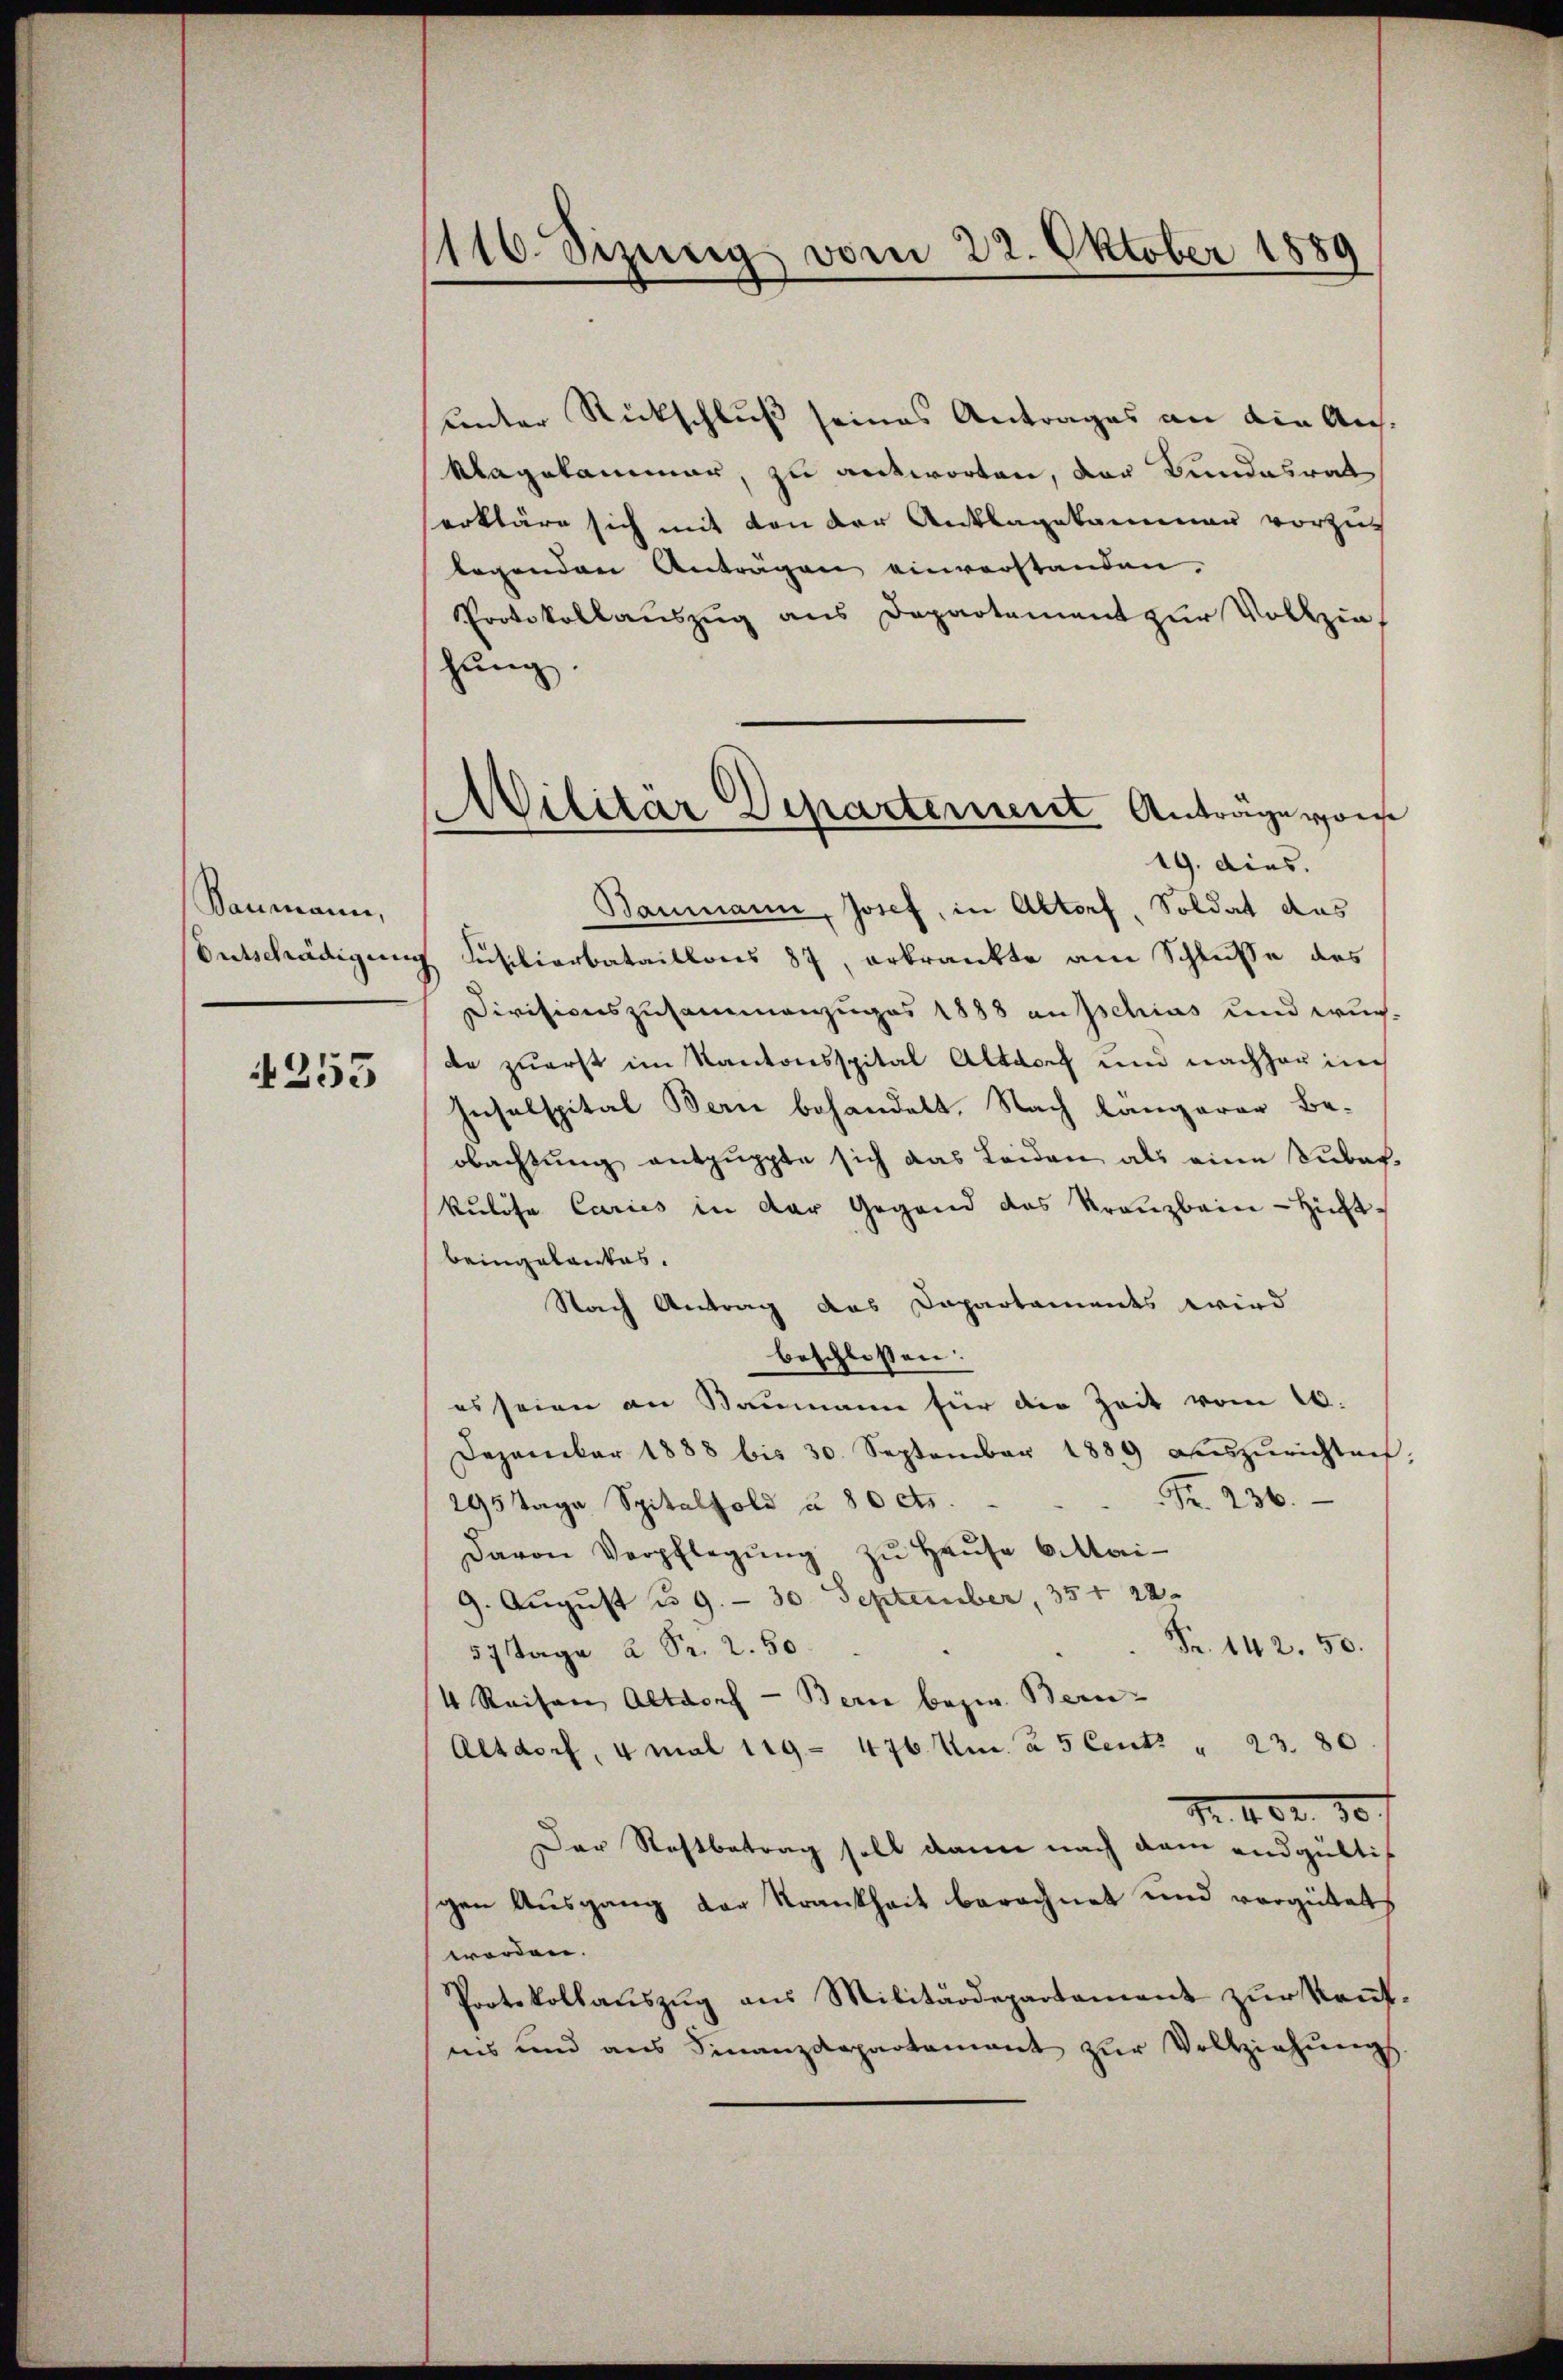
Baumann,
Entschädigung

255

1116. Sizung vom 22. Oktober 1889

Militär Departement Antrage vors

unter Rückschluß seines Antrages an die Aus¬
Mlagekammer, zu antworten, der Bundesrat
erkläre sich mit von der Anklagekammer vorzus
legenden Anträgen einverstanden.
Protokollauszug aus Departement zur Vollzie
hung.
19. dies.
Baumann, Josef, in Altorf, Soldat das
 Füsiliarbataillons 87, erkrankte am Schlusse des
Divisionszusammenzuges 1888 ausschias und wur-
de zuerst im Kantonsspital Altdorf und nachher in
Insulspital Bern behandelt. Nach längerer Be-
obachtŭng entpuppte sich das Leiden als eine Sŭbaf-
kulöse Caries in der Gegend das Kreuzbain - Hitbeingelantes.
Nach Antrag das Dapartaments wird
beschlossen:
es seien an Baumann für die Zeit vom 16.
Dezember 1888 bis 30. September 1889 aŭszŭrichten,
Nr. 236.
295 Tage Spitalfold u. 80 cts.
davon Verpflegŭng zŭ Haŭse 6 MMai-
9. August u. 9. - 30. September, 354. 22.
Fr. 142. 50.
57 Tage 2 Fr. 2. 50.
4 Reisen Altdorf - Bern bezw. Bern-
Altdorf, 4 mal 119. 476 Um. à 5 Cent. " 23. 80
Nr. 402. 30.
Der Stattbetrag soll dann nach dem endgülti
gen Ausgang der Krankheit berechnet und vergütet
worden.
Protokollauszug aus Militärdepartement zur Kaufins und aus Finanzdepartament zŭr Vollziehŭngs